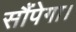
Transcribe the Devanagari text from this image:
सौंपेगा।